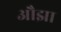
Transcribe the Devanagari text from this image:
औझा